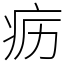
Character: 疬